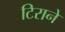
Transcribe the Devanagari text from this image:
टिराने